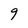
Character: 9